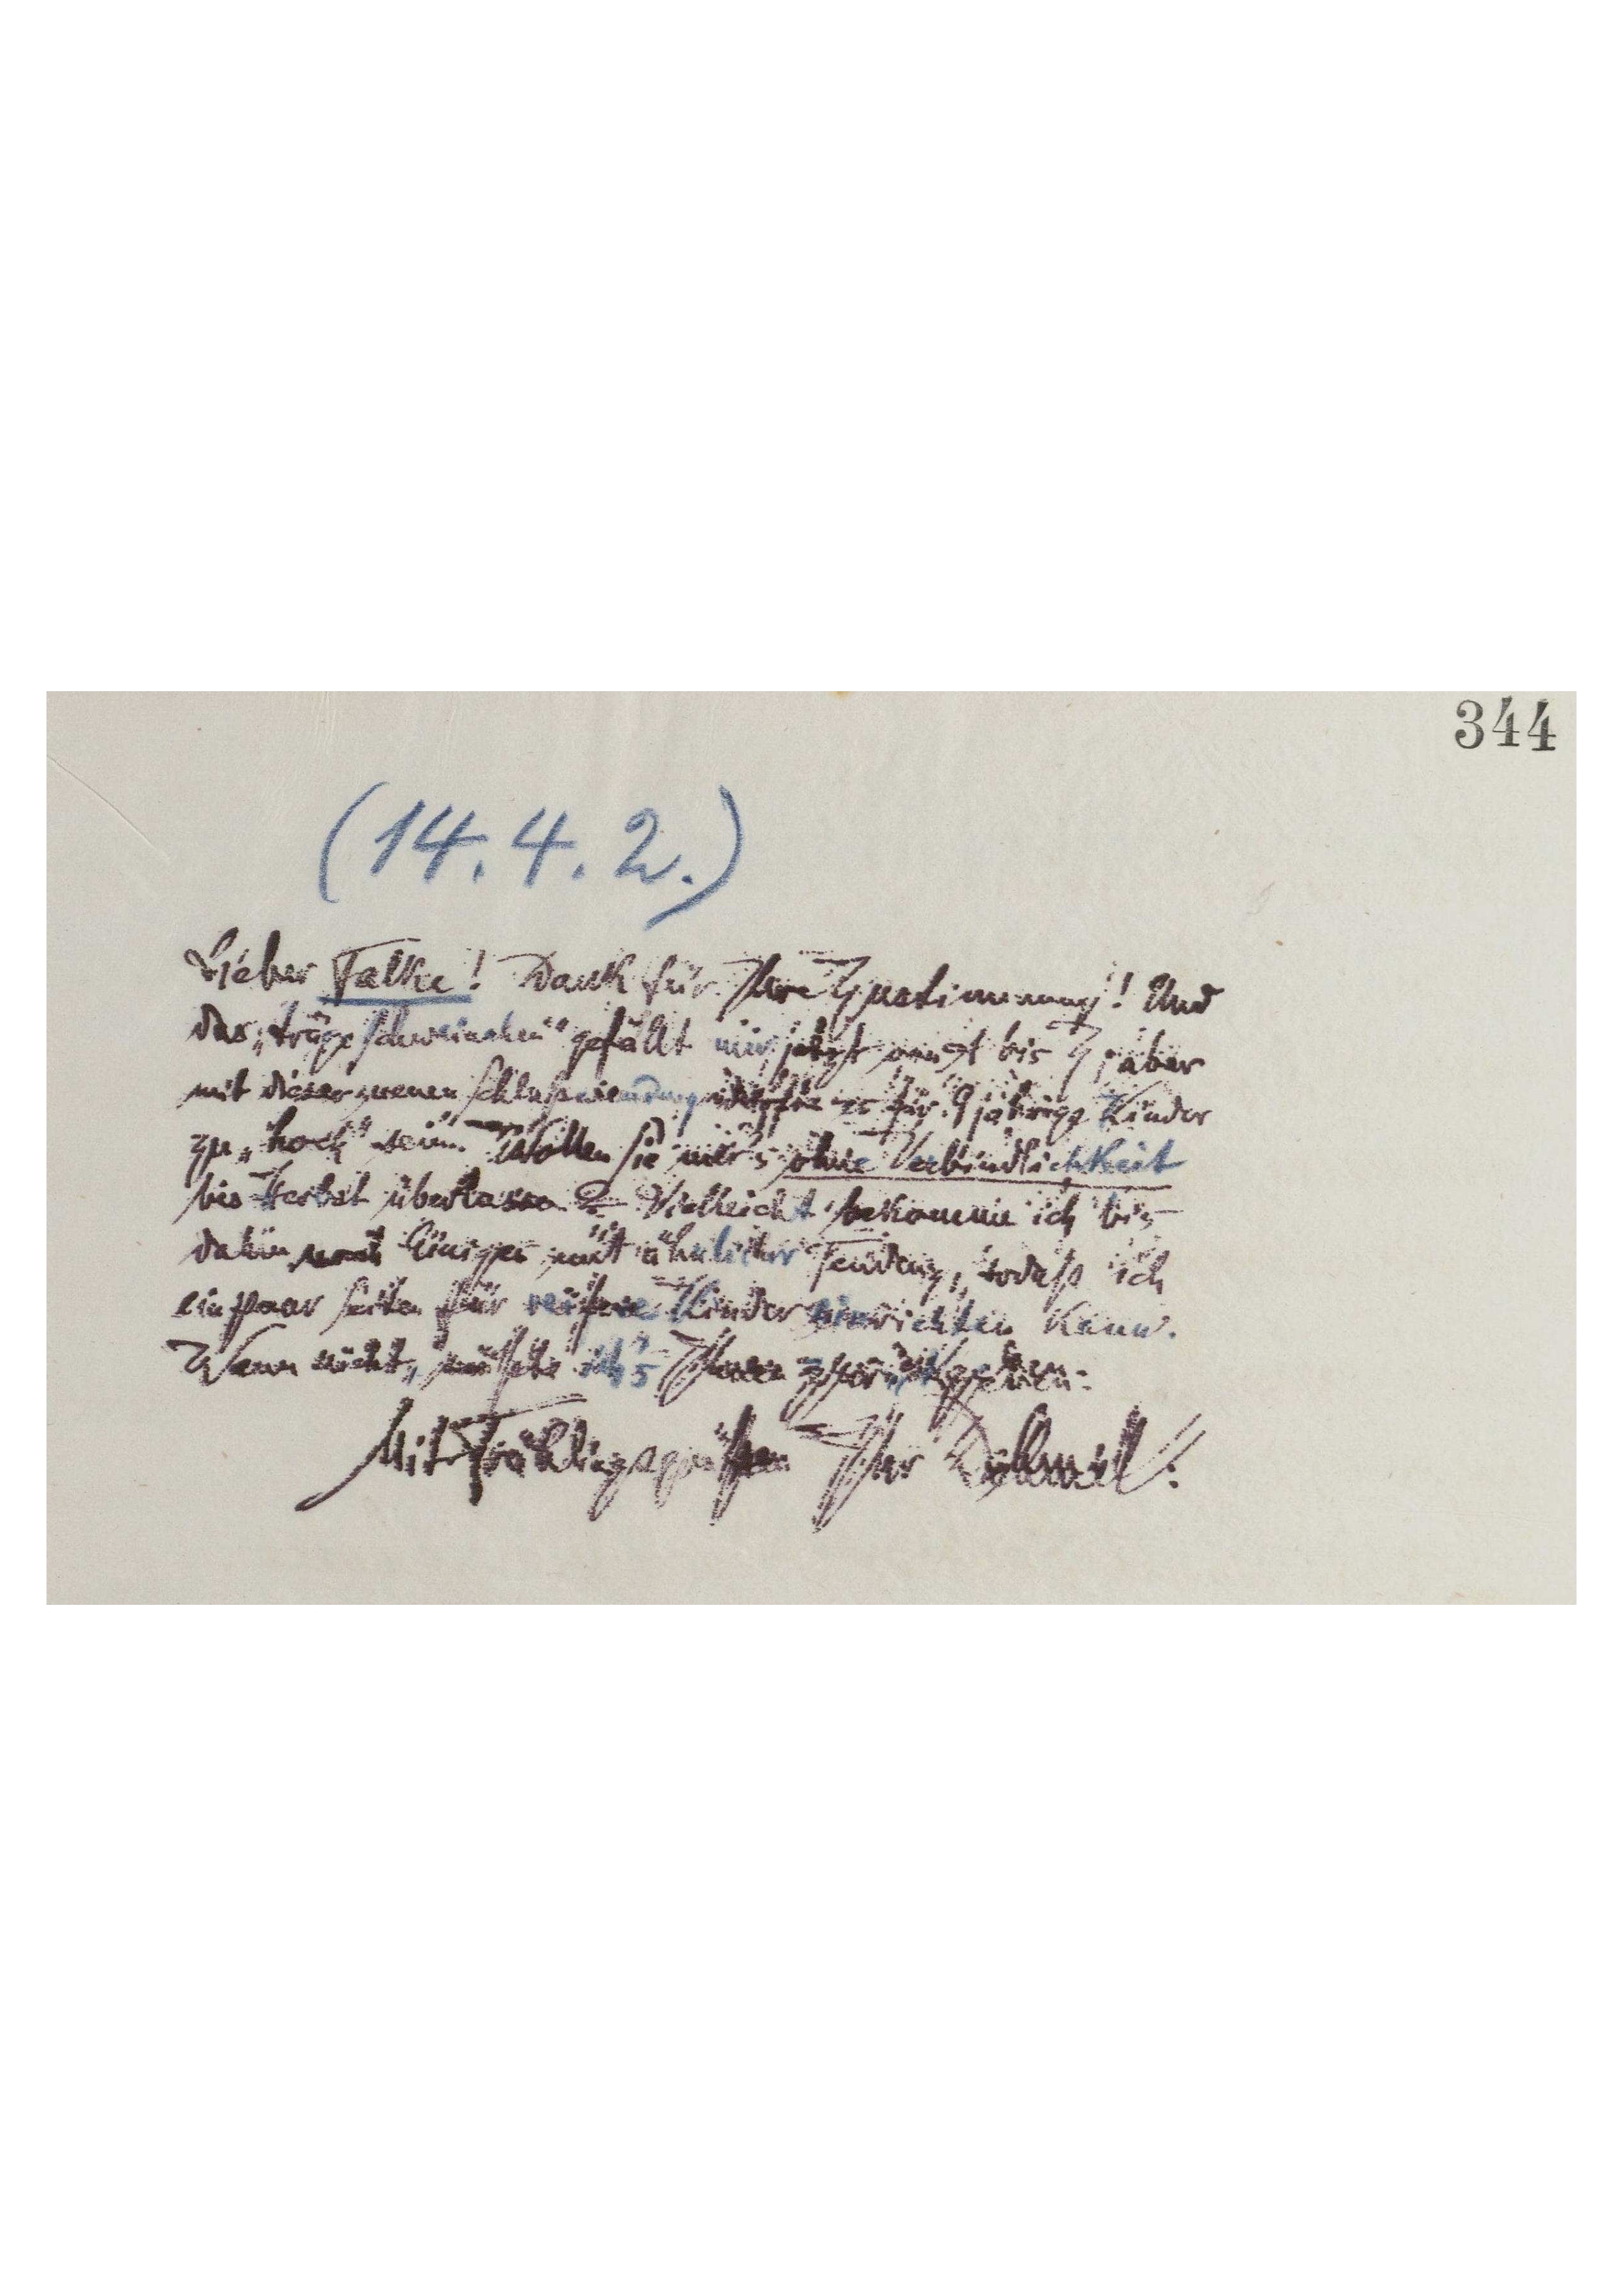
(14.4.2.)
Lieber Falke! Dank für Ihre Zustimmung! Und
das "träge Schweinchen" gefällt mir jetzt von A bis Z; aber
mit dieser neuen Schlußwendung  dürfte es für 9jährige Kinder
zu "hoch" sein. Wollen Sie mir´s ohne Verbindlichkeit
bis Herbst überlassen? Vielleicht bekomme ich bis-
dahin noch Einiges mit ähnlicher Tendenz, sodaß ich
ein paar Seiten für reifere Kinder einrichten kann.
Wenn nicht, müßte ich´s Ihnen zurückgeben.
Mit Frühlingsgrüßen Ihr Dehmel.